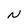
Character: N